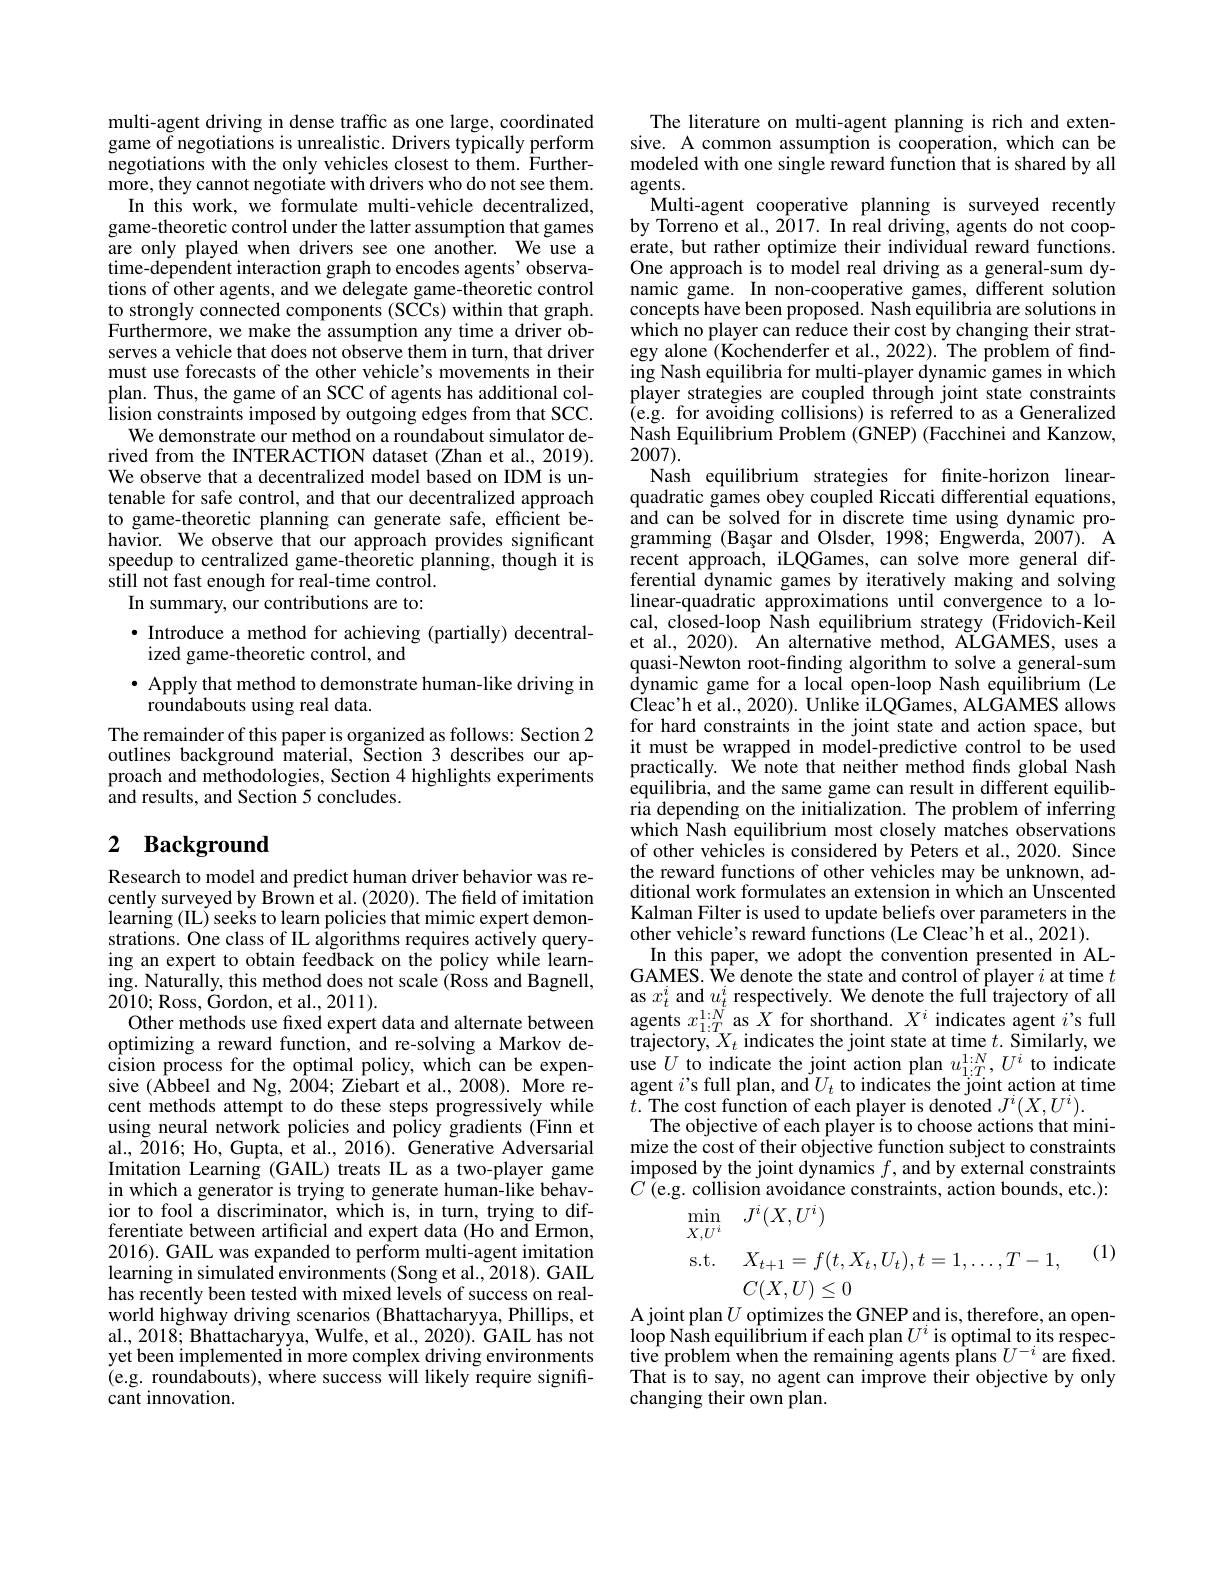
multi-agent driving in dense traffic as one large, coordinated game of negotiations is unrealistic. Drivers typically perform negotiations with the only vehicles closest to them. Furthermore, they cannot negotiate with drivers who do not see them.
In this work, we formulate multi-vehicle decentralized, game-theoretic control under the latter assumption that games are only played when drivers see one another. We use a time-dependent interaction graph to encodes agents' observations of other agents, and we delegate game-theoretic control to strongly connected components (SCCs) within that graph. Furthermore, we make the assumption any time a driver observes a vehicle that does not observe them in turn, that driver must use forecasts of the other vehicle's movements in their plan. Thus, the game of an SCC of agents has additional col- $\text{\^{I} ision constraints imposed by outgoing edges from that SCC. }$
We demonstrate our method on a roundabout simulator derived from the INTERACTION dataset (Zhan et al., 2019). We observe that a decentralized model based on IDM is untenable for safe control, and that our decentralized approach to game-theoretic planning can generate safe, efficient behavior. We observe that our approach provides significant speedup to centralized game-theoretic planning, though it is still not fast enough for real-time control.
In summary, our contributions are to:

$\bullet$ Introduce a method for achieving (partially) decentral-
ized game-theoretic control, and
· Apply that method to demonstrate human-like driving in
roundabouts using real data.
The remainder of this paper is organized as follows: Section 2 outlines background material, Šection 3 describes our approach and methodologies, Section 4 highlights experiments ${\hat{\text{and results, and Section 5 concludes.}}}$

## 2 Background

Research to model and predict human driver behavior was recently surveyed by Brown et al. (2020). The field of imitation learning (IL) seeks to learn policies that mimic expert demonstrations. One class of IL algorithms requires actively querying an expert to obtain feedback on the policy while learn- $\hat{\text{ing. Naturally, this method does not scale }}(\bar{\text{Ross and Bagnell,}}$ 2010;Ross, Gordon, et al., 2011).
Other methods use fixed expert data and alternate between optimizing a reward function, and re-solving a Markov decision process for the optimal policy, which can be expensive $(\hat{\text{Abbeel and Ng, 2004; Ziebart et al., 2008). More re-}}$ cent methods attempt to do these steps progressively while using neural network policies and policy gradients (Finn et al., 2016; Ho, Gupta, et al., 2016). Generative Adversarial Imitation Learning (GAIL) treats IL as a two-player game in which a generator is trying to generate human-like behavior to fool a discriminator, which is, in turn, trying to differentiate between artificial and expert data (Ho and Ermon, 2016). GAIL was expanded to perform multi-agent imitation learning in simulated environments (Song et al., 2018). GAIL has recently been tested with mixed levels of success on realworld highway driving scenarios (Bhattacharyya, Phillips, et al., 2018; Bhattacharyya, Wulfe, et al., 2020). GAIL has not yet been implemented in more complex driving environments (e.g. roundabouts), where success will likely require significant innovation.

The literature on multi-agent planning is rich and extensive. A common assumption is cooperation, which can be modeled with one single reward function that is shared by all agents.
Multi-agent cooperative planning is surveyed recently by Torreno et al., 2017. In real driving, agents do not cooperate, but rather optimize their individual reward functions. One approach is to model real driving as a general-sum dynamic game. In non-cooperative games, different solution concepts have been proposed. Nash equilibria are solutions in which no player can reduce their cost by changing their strategy alone (Kochenderfer et al., 2022). The problem of finding Nash equilibria for multi-player dynamic games in which player strategies are coupled through joint state constraints (e.g. for avoiding collisions) is referred to as a Generalized Nash Equilibrium Problem ( GNEP) ( Facchinei and Kanzow, 2007).
Nash equilibrium strategies for fnite-horizon linearquadratic games obey coupled Riccati differential equations, and can be solved for in discrete time using dynamic programming (Bașar and Olsder, 1998; Engwerda, 2007). A recent approach, iLQGames, can solve more general differential dynamic games by iteratively making and solving linear-quadratic approximations until convergence to a local, closed-loop Nash equilibrium strategy (Fridovich-Keil et al., 2020). An alternative method, ALGAMES, uses a quasi-Newton root-finding algorithm to solve a general-sum $\hat{\text{dynamic game for a local open-loop Nash equilibrium (Le})}$ Cleac'h et al., 2020). Unlike iLQGames, ALGAMES allows for hard constraints in the joint state and action space, but it must be wrapped in model-predictive control to be used practically. We note that neither method fnds global Nash equilibria, and the same game can result in different equilibria depending on the initialization. The problem of inferring which Nash equilibrium most closely matches observations of other vehicles is considered by Peters et al., 2020. Since the reward functions of other vehicles may be unknown, additional work formulates an extension in which an Unscented Kalman Filter is used to update beliefs over parameters in the other vehicle's reward functions (Le Cleac'h et al., 2021).
In this paper, we adopt the convention presented in ALGAMES. We denote the state and control of player $i$ at time $t$ $\begin{array}{l}\mathrm{as~}x_{t}^{i}\mathrm{~and~}u_{t}^{i}\mathrm{~respectively.~We~denote~the~full~trajectory~of~all}\\\mathrm{agents~}x_{1:T}^{1:N}\mathrm{~as~}X\mathrm{~for~shorthand.~}X^{i}\mathrm{~indicates~agent~}i’\mathrm{s~full}\end{array}$ trajectory, $X_t$ indicates the joint state at time $t.$ Similarly, we $\begin{array}{ll}{\mathrm{use~}U\text{ to indicate the joint action plan }u_{1:T}^{1:N},U^{i}\text{ to indicate}}\\{\mathrm{agent~}i’\text{s full plan, and }U_{t}\text{ to indicates the joint action at time}}\end{array}$ $t.$ The cost function of each player is denoted $J^i(X,U^i).$
The objective of each player is to choose actions that minimize the cost of their objective function subject to constraints $\operatorname*{imposed}$by the joint dynamics $f$,and by external constraints $C$ (e.g. collision avoidance constraints, action bounds, etc.):
$$\begin{aligned}&\text{s comision avoiaunce consuanits, acuon boands,}\\&\operatorname*{min}_{X,U^{i}}\quad J^{i}(X,U^{i})\\&\mathrm{s.t.}\quad X_{t+1}=f(t,X_{t},U_{t}),t=1,\ldots,T-1,\\&C(X,U)\leq0\\&\text{t nlan U ontimizes the CNEP and is therefore an}\end{aligned}$$
(1)

loop Nash equilibrium if each plan $U^i$ is optimal to its respective problem when the remaining agents plans $U^-i$ are fixed That is to say, no agent can improve their objective by only changing their own plan.